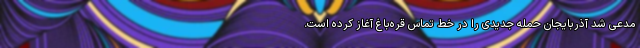
مدعی شد آذربایجان حمله جدیدی را در خط تماس قره‌باغ آغاز کرده است.